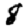
Digit: 8